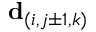
\mathbf { d } _ { ( i , j \pm 1 , k ) }